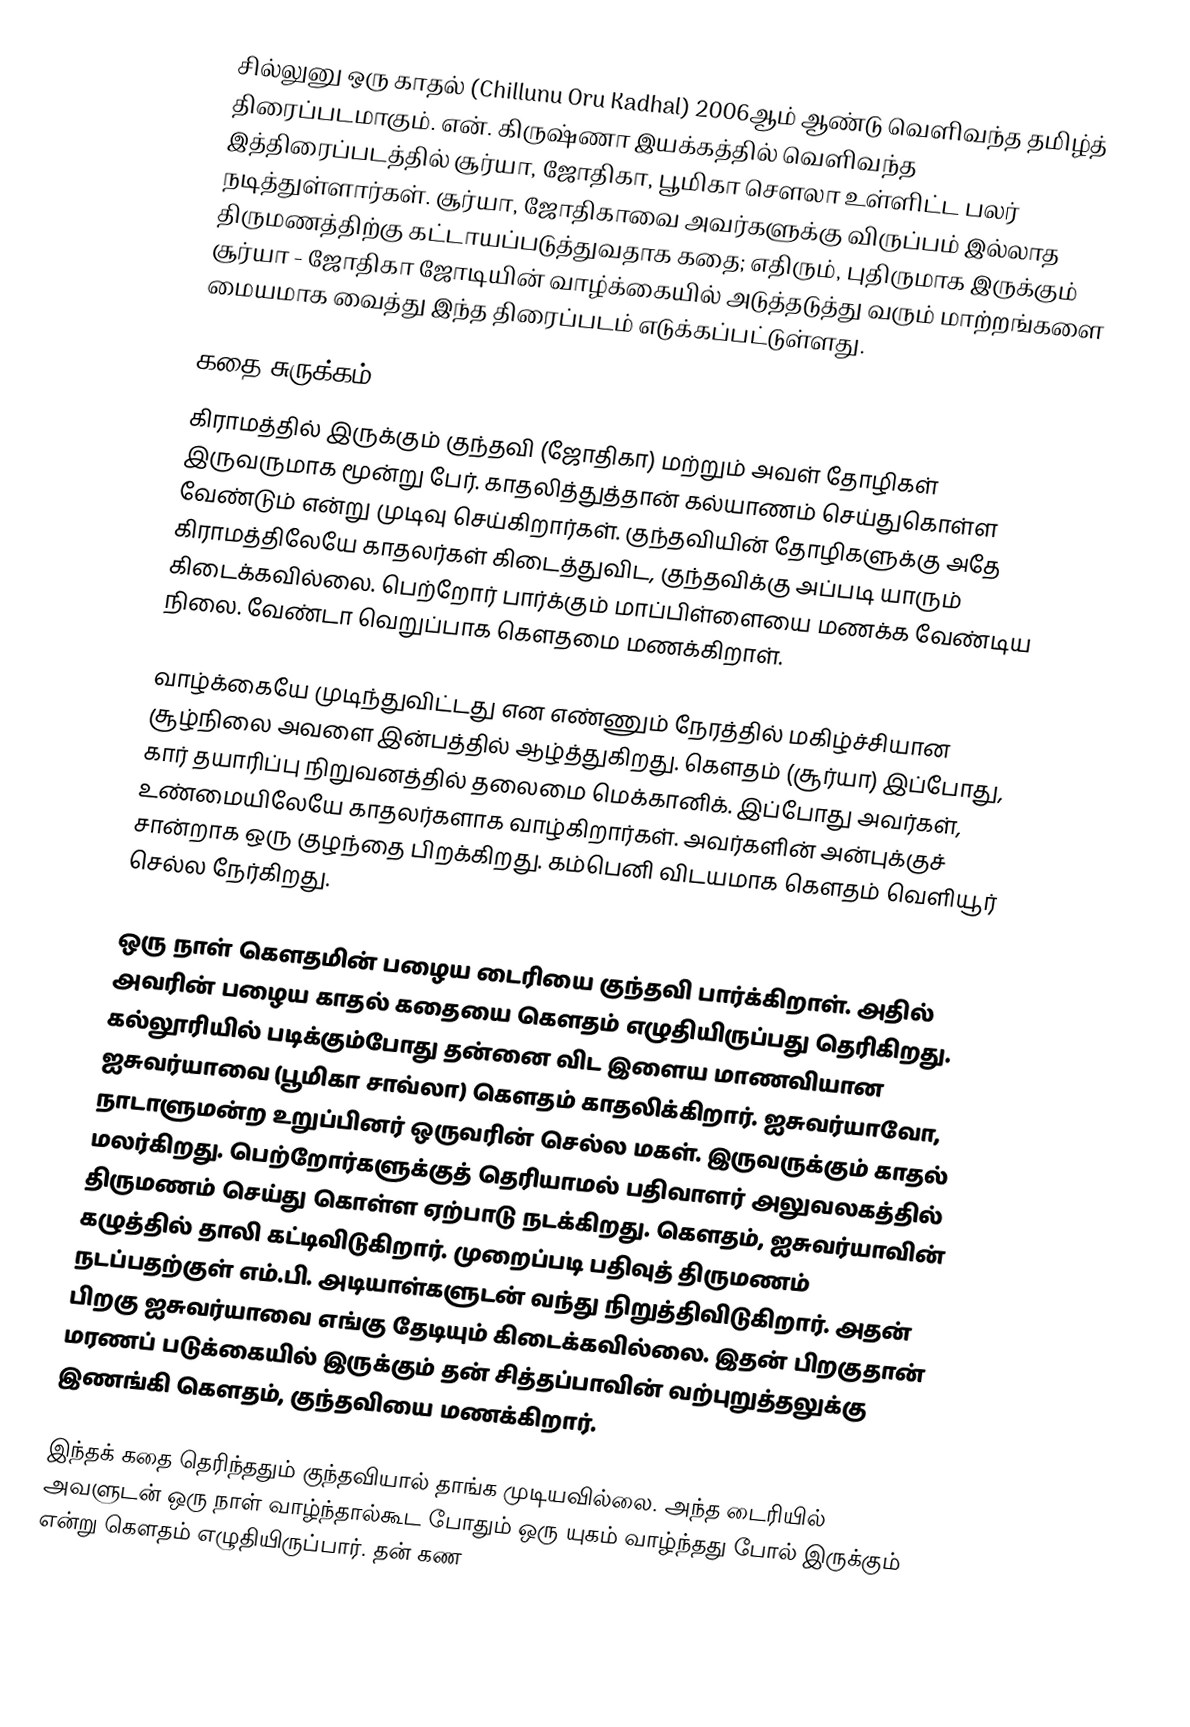
சில்லுனு ஒரு காதல் (Chillunu Oru Kadhal) 2006ஆம் ஆண்டு வெளிவந்த தமிழ்த் திரைப்படமாகும். என். கிருஷ்ணா இயக்கத்தில் வெளிவந்த இத்திரைப்படத்தில் சூர்யா, ஜோதிகா, பூமிகா சௌலா உள்ளிட்ட பலர் நடித்துள்ளார்கள். சூர்யா, ஜோதிகாவை அவர்களுக்கு விருப்பம் இல்லாத திருமணத்திற்கு கட்டாயப்படுத்துவதாக கதை; எதிரும், புதிருமாக இருக்கும் சூர்யா - ஜோதிகா ஜோடியின் வாழ்க்கையில் அடுத்தடுத்து வரும் மாற்றங்களை மையமாக வைத்து இந்த திரைப்படம் எடுக்கப்பட்டுள்ளது.

கதை சுருக்கம்
கிராமத்தில் இருக்கும் குந்தவி (ஜோதிகா) மற்றும் அவள் தோழிகள் இருவருமாக மூன்று பேர். காதலித்துத்தான் கல்யாணம் செய்துகொள்ள வேண்டும் என்று முடிவு செய்கிறார்கள். குந்தவியின் தோழிகளுக்கு அதே கிராமத்திலேயே காதலர்கள் கிடைத்துவிட, குந்தவிக்கு அப்படி யாரும் கிடைக்கவில்லை. பெற்றோர் பார்க்கும் மாப்பிள்ளையை மணக்க வேண்டிய நிலை. வேண்டா வெறுப்பாக கௌதமை மணக்கிறாள்.

வாழ்க்கையே முடிந்துவிட்டது என எண்ணும் நேரத்தில் மகிழ்ச்சியான சூழ்நிலை அவளை இன்பத்தில் ஆழ்த்துகிறது. கௌதம் (சூர்யா) இப்போது, கார் தயாரிப்பு நிறுவனத்தில் தலைமை மெக்கானிக். இப்போது அவர்கள், உண்மையிலேயே காதலர்களாக வாழ்கிறார்கள். அவர்களின் அன்புக்குச் சான்றாக ஒரு குழந்தை பிறக்கிறது. கம்பெனி விடயமாக கௌதம் வெளியூர் செல்ல நேர்கிறது.

ஒரு நாள் கௌதமின் பழைய டைரியை குந்தவி பார்க்கிறாள். அதில் அவரின் பழைய காதல் கதையை கௌதம் எழுதியிருப்பது தெரிகிறது. கல்லூரியில் படிக்கும்போது தன்னை விட இளைய மாணவியான ஐசுவர்யாவை (பூமிகா சாவ்லா) கௌதம் காதலிக்கிறார். ஐசுவர்யாவோ, நாடாளுமன்ற உறுப்பினர் ஒருவரின் செல்ல மகள். இருவருக்கும் காதல் மலர்கிறது. பெற்றோர்களுக்குத் தெரியாமல் பதிவாளர் அலுவலகத்தில் திருமணம் செய்து கொள்ள ஏற்பாடு நடக்கிறது. கௌதம், ஐசுவர்யாவின் கழுத்தில் தாலி கட்டிவிடுகிறார். முறைப்படி பதிவுத் திருமணம் நடப்பதற்குள் எம்.பி. அடியாள்களுடன் வந்து நிறுத்திவிடுகிறார். அதன் பிறகு ஐசுவர்யாவை எங்கு தேடியும் கிடைக்கவில்லை. இதன் பிறகுதான் மரணப் படுக்கையில் இருக்கும் தன் சித்தப்பாவின் வற்புறுத்தலுக்கு இணங்கி கௌதம், குந்தவியை மணக்கிறார்.

இந்தக் கதை தெரிந்ததும் குந்தவியால் தாங்க முடியவில்லை. அந்த டைரியில் அவளுடன் ஒரு நாள் வாழ்ந்தால்கூட போதும் ஒரு யுகம் வாழ்ந்தது போல் இருக்கும் என்று கௌதம் எழுதியிருப்பார். தன் கண